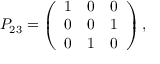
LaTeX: P _ { 2 3 } = \left( \begin{array} { l l l } { { 1 } } & { { 0 } } & { { 0 } } \\ { { 0 } } & { { 0 } } & { { 1 } } \\ { { 0 } } & { { 1 } } & { { 0 } } \end{array} \right) ,